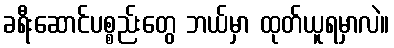
ခရီးဆောင်ပစ္စည်းတွေ ဘယ်မှာ ထုတ်ယူရမှာလဲ။